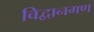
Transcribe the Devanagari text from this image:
विद्वानगण